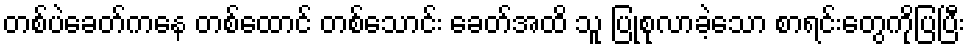
တစ်ပဲခေတ်ကနေ တစ်ထောင် တစ်သောင်း ခေတ်အထိ သူ ပြုစုလာခဲ့သော စာရင်းတွေကိုပြပြီး